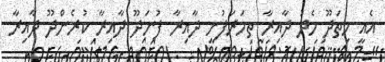
އެއީ ހިތަދޫ މެދު ދާއިރާ ތިމަރަފުށީ ދާއިރާ ފުނަދޫ ދާއިރާ ކުރެންދޫ ދާއިރާ